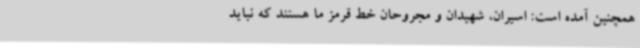
همچنین آمده است: اسیران، شهیدان و مجروحان خط قرمز ما هستند که نباید